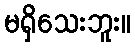
မရှိသေးဘူး။